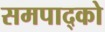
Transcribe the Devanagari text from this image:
समपाद्को